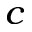
_ { c }